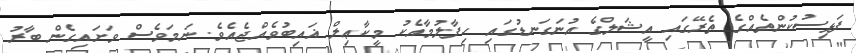
ފަޅިސުކުންތެއްގެ ތެރޭގައި އީޝަލްގެ އުނަގަނޑުގައި ހިފާލުމާއެކު މީކާޢިލް ޣައިބުވެއްޖެއެވެ. ނަމަވެސް ވަށައިގެން ބާރު